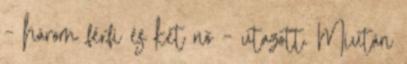
– három férfi és két nő – utazott. Miután